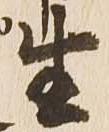
生